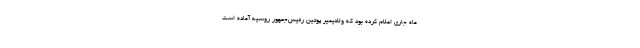
ماه جاری اعلام کرده بود که ولادیمیر پوتین رئیس‌جمهور روسیه آماده است